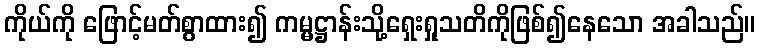
ကိုယ်ကို ဖြောင့်မတ်စွာထား၍ ကမ္မဋ္ဌာန်းသို့ရှေးရှုသတိကိုဖြစ်၍နေသော အခါသည်။